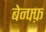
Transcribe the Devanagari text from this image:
बेन्फ्फ़